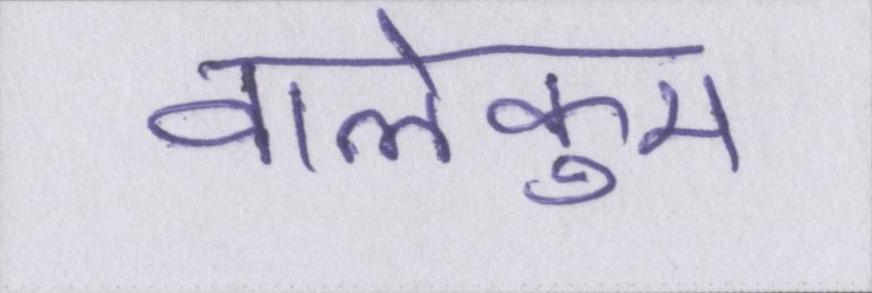
वालेकुम